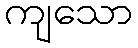
ကျသော